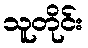
သူတိုင်း